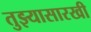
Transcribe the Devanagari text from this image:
तुझ्यासारखी